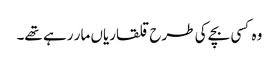
وہ کسی بچے کی طرح قلقاریاں مار رہے تھے۔